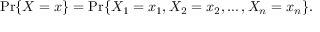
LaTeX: \operatorname* { P r } \{ X = x \} = \operatorname* { P r } \{ X _ { 1 } = x _ { 1 } , X _ { 2 } = x _ { 2 } , \ldots , X _ { n } = x _ { n } \} .